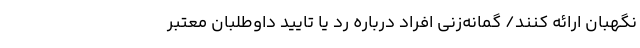
نگهبان ارائه کنند/ گمانه‌زنی افراد درباره رد یا تایید داوطلبان معتبر